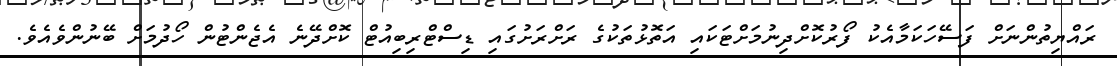
ރައްޔިތުންނަށް ފަސޭހަކަމާއެކު ފޯރުކޮށްދިނުމަށްޓަކައި އަތޮޅުތަކުގެ ރަށްރަށުގައި ޑިސްޓްރިބިއުޓް ކޮށްދޭނެ އެޖެންޓުން ހޯދުމަށް ބޭނުންވެއެވެ.